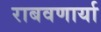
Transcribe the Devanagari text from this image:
राबवणार्या